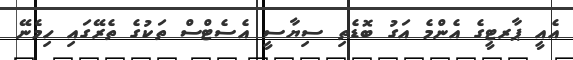
އެއީ ޕާރޓީގެ އެންމެ އަގު ބޮޑެތި ސިޔާސީ އެސެޓްސް ތަކުގެ ތެރޭގައި ހިމެނޭ